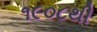
૧૯૦૮થી